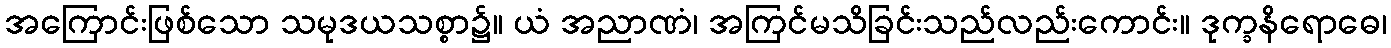
အကြောင်းဖြစ်သော သမုဒယသစ္စာ၌။ ယံ အညာဏံ၊ အကြင်မသိခြင်းသည်လည်းကောင်း။ ဒုက္ခနိရောဓေ၊